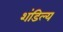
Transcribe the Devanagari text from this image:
शंडिल्य